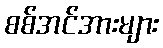
စစ်အင်အားများ